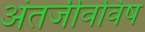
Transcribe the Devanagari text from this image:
अंतर्जीवविष